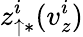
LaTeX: z_{\uparrow\ast}^{i}(v_{z}^{i})